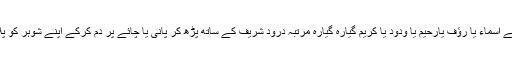
صبح اکتالیس مرتبہ اللہ تعالیٰ کے اسماء یا رؤف یارحیم یا ودود یا کریم گیارہ گیارہ مرتبہ درود شریف کے ساتھ پڑھ کر پانی یا چائے پر دم کرکے اپنے شوہر کو پلادیں اور ان کے لیے دعا کریں۔